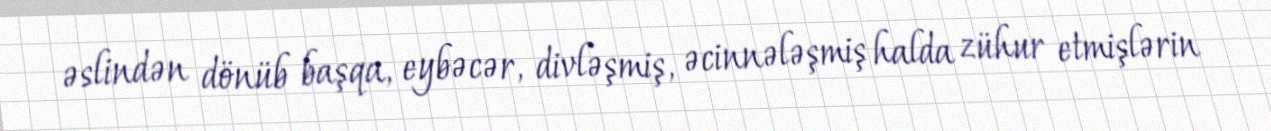
əslindən dönüb başqa, eybəcər, divləşmiş, əcinnələşmiş halda zühur etmişlərin